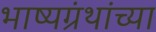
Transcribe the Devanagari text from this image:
भाष्यग्रंथांच्या